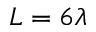
L = 6 \lambda